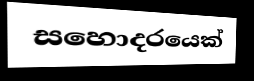
සහොදරයෙක්